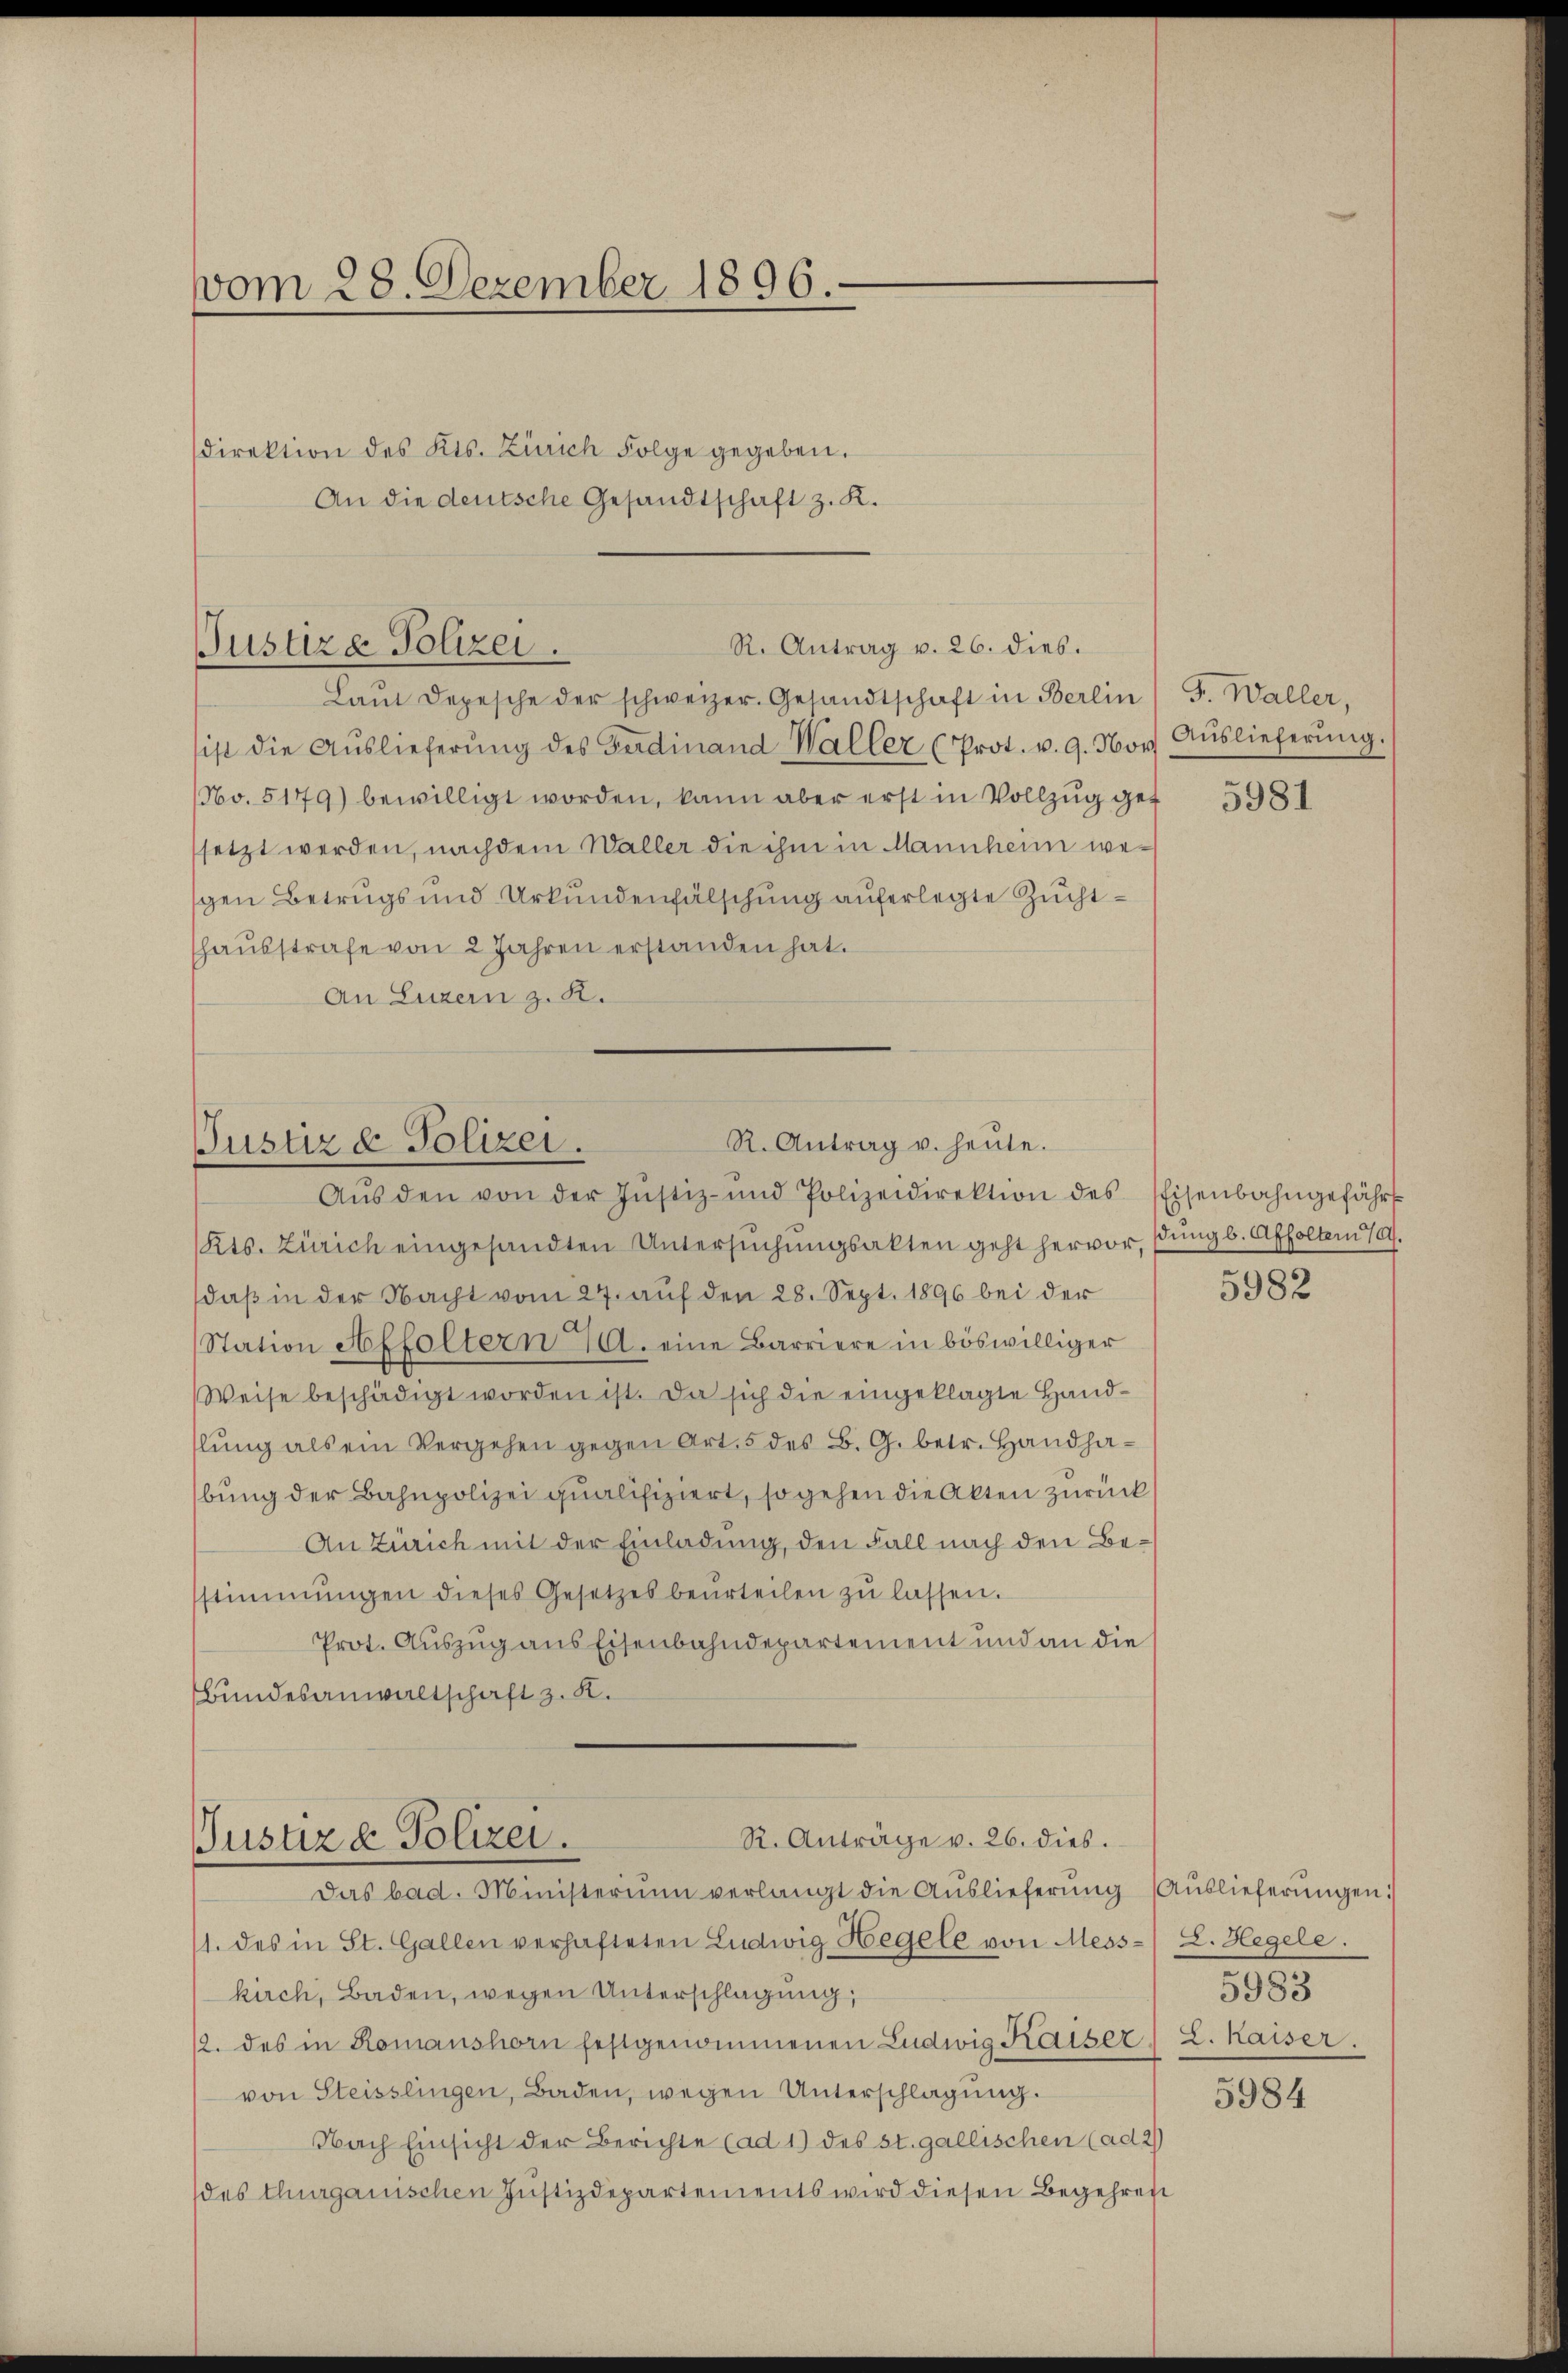
vom 28. Dezember 1896.
direktion des Kts. Zürich Folge gegeben.
An die deutsche Gesandtschaft z. K.

ist die Aŭslieferŭng des Ferdinand Waller (Prot. v. 9. Nov. Aŭslieferŭng.
No. 5179) bewilligt worden, kann aber erst in Vollzug get
setzt werden, nachdem Waller die ihm in Mannheim wegen Betrugs und Urkundenfälschung auferlegte Zuchthaŭsstrafe von 2 Jahren erstanden hat.
An Luzern z. R.

Kts. Zürich eingesandten Untersŭchŭngsakten geht hervor, fung b. Affolten 79.
daß in der Nacht vom 27. auf den 28. Sept. 1896 bei der
Station Affoltern 10. eine Barriere in böswilliger
Weise beschädigt worden ist. Da sich die eingeklagte Handlung als ein Vergehen gegen Art. 5 des B. G. betr. Handhabung der Bahnpolizei qualifiziert, so gehen die Akten zurück
An Zürich mit der Einladung, den Fall nach den Bestimmungen dieses Gesetzes beurteilen zŭ lassen.
Prot. Auszug aus Eisenbahndepartement und an die
Bundesanwaltschaft z. K.

R. Antrag v. 26. dies.
Justiz & Polizei.
Laŭt Depesche der schweizer. Gesandtschaft in Berlin (S. Waller,

R. Antrag u. heute.
Justiz & Polizei.
Aŭs den von der Justiz- und Polizeidirektion des Eisenbahngefährt

R. Anträge v. 26. dies.
Justiz & Polizei.
Das bad. Ministerium verlangt die Aŭslieferŭng (Auslieferŭngen:

1. des in St. Gallen verhafteten Ludwig Hegele von Mess-L. Hegele.
kirch, Baden, wegen Unterschlagung,
12. des in Romanshorn festgenommenen Ludwig Kaiser L. Kaiser.
von Steisslingen, Baden, wegen Unterschlagung.
Nach Einsicht der Berichte (ad 1) des st. gallischen (ad 2
des Thurgauischen Justizdepartements wird diesen Begehren

5981

5982

5983

5984